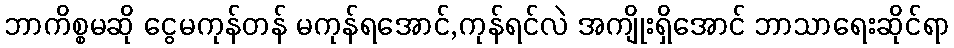
ဘာကိစ္စမဆို ငွေမကုန်တန် မကုန်ရအောင်,ကုန်ရင်လဲ အကျိုးရှိအောင် ဘာသာရေးဆိုင်ရာ